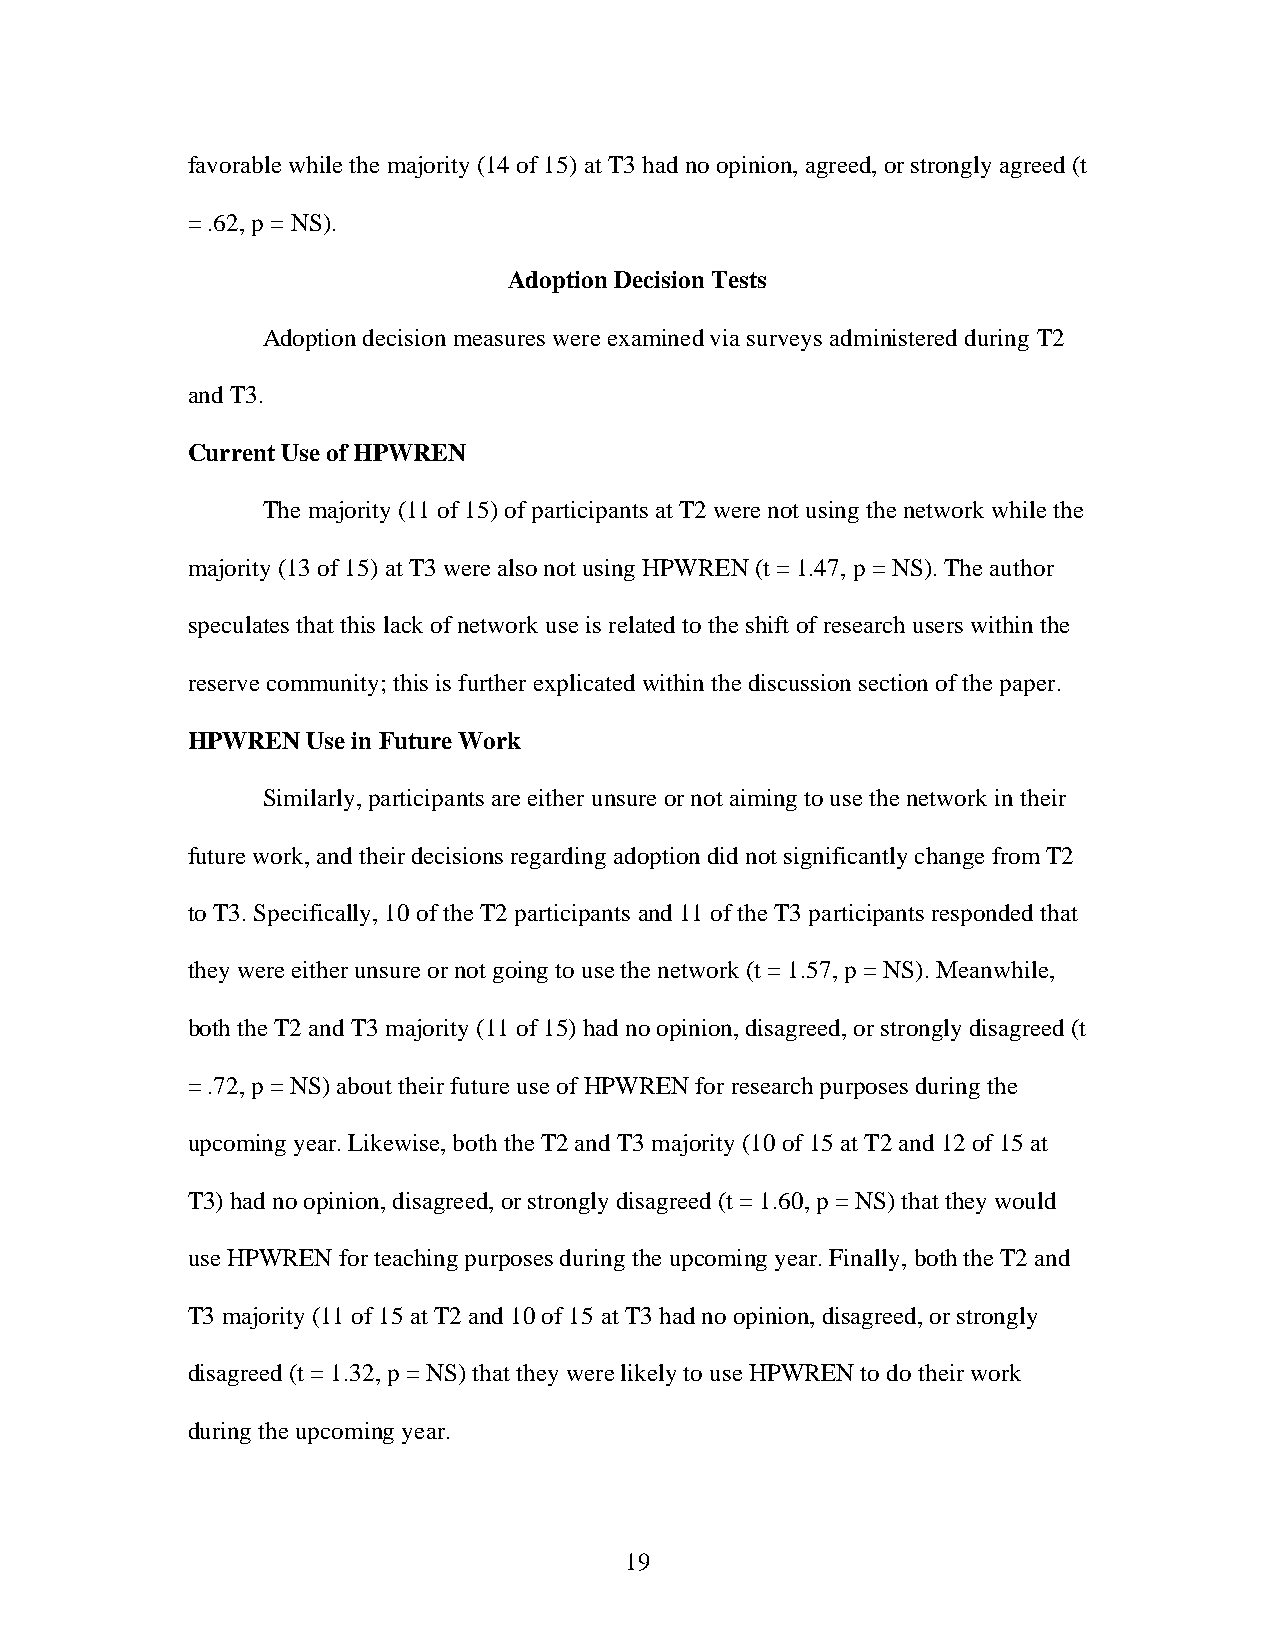
favorable while the majority (14 of 15) at T3 had no opinion, agreed, or strongly agreed (t
 = .62, p = NS).
 Adoption Decision Tests
 Adoption decision measures were examined via surveys administered during T2
 and T3.
 Current Use of HPWREN
 The majority (11 of 15) of participants at T2 were not using the network while the
 majority (13 of 15) at T3 were also not using HPWREN (t = 1.47, p = NS). The author
 speculates that this lack of network use is related to the shift of research users within the
 reserve community; this is further explicated within the discussion section of the paper.
 HPWREN  Use in Future Work
 Similarly, participants are either unsure or not aiming to use the network in their
 future work, and their decisions regarding adoption did not significantly change from T2
 to T3. Specifically, 10 of the T2 participants and 11 of the T3 participants responded that
 they were either unsure or not going to use the network (t = 1.57, p = NS). Meanwhile,
 both the T2 and T3 majority (11 of 15) had no opinion, disagreed, or strongly disagreed (t
 = .72, p = NS) about their future use of HPWREN for research purposes during the
 upcoming year. Likewise, both the T2 and T3 majority (10 of 15 at T2 and 12 of 15 at
 T3) had no opinion, disagreed, or strongly disagreed (t = 1.60, p = NS) that they would
 use HPWREN for teaching purposes during the upcoming year. Finally, both the T2 and
 T3 majority (11 of 15 at T2 and 10 of 15 at T3 had no opinion, disagreed, or strongly
 disagreed (t = 1.32, p = NS) that they were likely to use HPWREN to do their work
 during the upcoming year.
 19